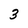
Character: 3